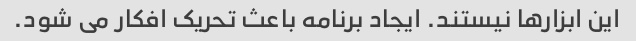
این ابزارها نیستند. ایجاد برنامه باعث تحریک افکار می شود.